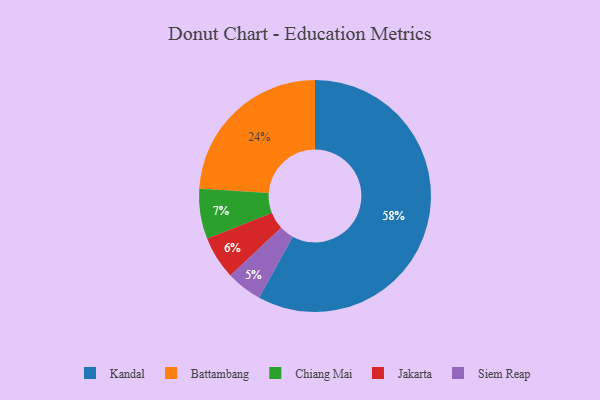
{"axis": {"x": "Category", "y": "Percentage"}, "legend": ["Battambang", "Chiang Mai", "Jakarta", "Kandal", "Siem Reap"], "data": [{"x": "Battambang", "y": 24, "type": "Battambang"}, {"x": "Jakarta", "y": 6, "type": "Jakarta"}, {"x": "Kandal", "y": 58, "type": "Kandal"}, {"x": "Siem Reap", "y": 5, "type": "Siem Reap"}, {"x": "Chiang Mai", "y": 7, "type": "Chiang Mai"}]}